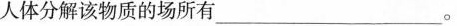
人体分解该物质的场所有___。